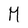
Character: M